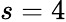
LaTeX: s=4